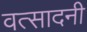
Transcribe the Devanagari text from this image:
वत्सादनी